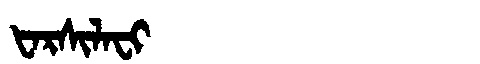
Manchu: ᡶᠠᡵᠰᡳᠯᠠᠸᡳ
Romanization: FARSILAFI